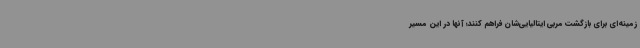
زمینه‌ای برای بازگشت مربی ایتالیایی‌شان فراهم کنند؛ آنها در این مسیر